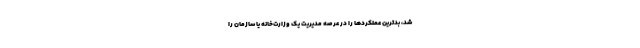
شد، بدترین عملکردها را در عرصه مدیریت یک وزارت‌خانه یا سازمان را